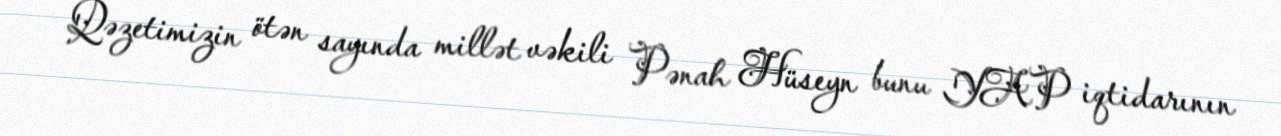
Qəzetimizin ötən sayında millət vəkili Pənah Hüseyn bunu YAP iqtidarının